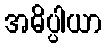
အဓိပ္ပါယာ